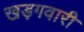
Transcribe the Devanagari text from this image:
खड़गवारी